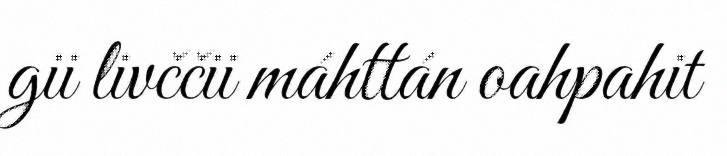
gii livččii máhttán oahpahit